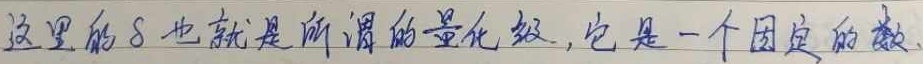
这里的\(S\)也就是所谓的量化级，它是一个固定的数。